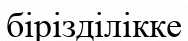
бірізділікке